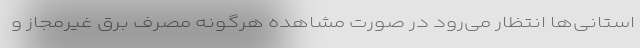
‌استانی‌ها انتظار می‌رود در صورت مشاهده هرگونه مصرف برق غیرمجاز و